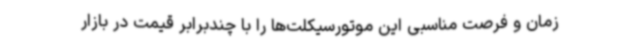
زمان و فرصت مناسبی این موتورسیکلت‌ها را با چندبرابر قیمت در بازار